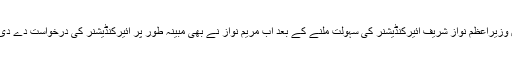
سابق وزیراعظم نواز شریف ائیرکنڈیشنر کی سہولت ملنے کے بعد اب مریم نواز نے بھی مبینہ طور پر ائیرکنڈیشنر کی درخواست دے دی ہے۔